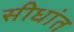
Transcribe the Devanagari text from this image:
सीधांत